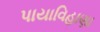
પાયાવિહાણા